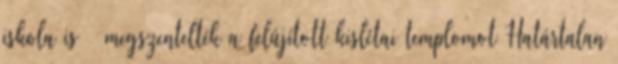
iskola is – megszentelték a felújított kislétai templomot Határtalan